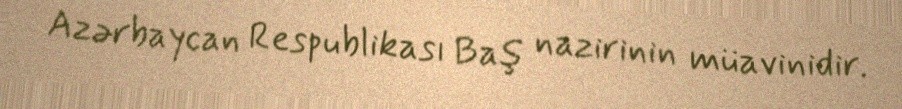
Azərbaycan Respublikası Baş nazirinin müavinidir.